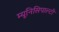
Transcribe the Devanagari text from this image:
म्यूनिसिपाल्टी